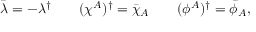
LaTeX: \bar { \lambda } = - \lambda ^ { \dagger } \qquad ( \chi ^ { A } ) ^ { \dagger } = \bar { \chi } _ { A } \qquad ( \phi ^ { A } ) ^ { \dagger } = \bar { \phi } _ { A } ,